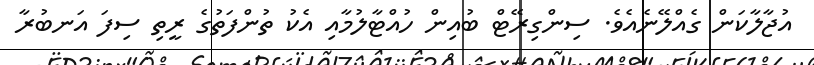
އުޖާލާކަން ގެއްލޭނެއެވެ. ސިންގިރޭޓް ބުއިން ހުއްޓާލުމާއި އެކު ތުންފަތުގެ ރީތި ސިފަ އަނބުރާ